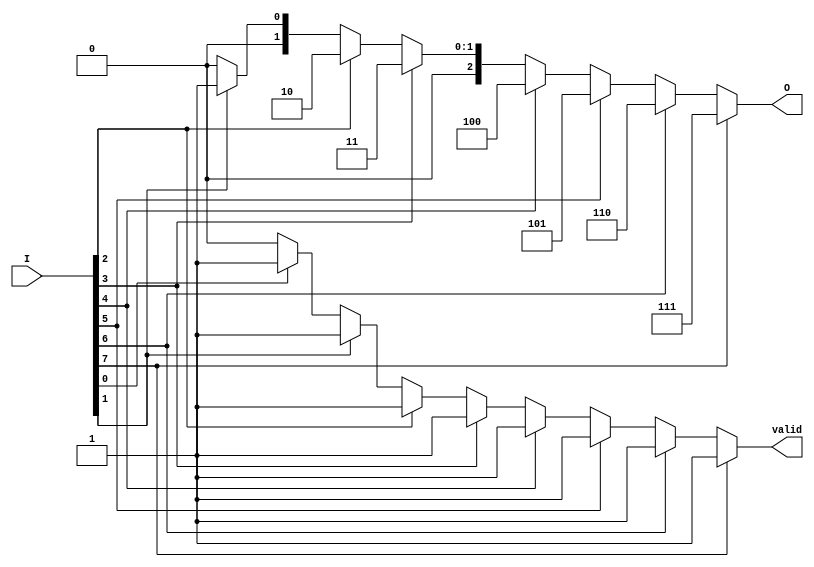
module encoder_8to3 (
    input wire [7:0] I,  // 8 input lines
    output reg [2:0] O,  // 3-bit output
    output reg valid      // Valid signal to indicate if any input is active
);

always @(*) begin
    // Default values for output and valid signal
    O = 3'b000;
    valid = 1'b0;

    // Check inputs from highest priority to lowest
    if (I[7]) begin
        O = 3'b111;  // I7 is active
        valid = 1'b1;
    end else if (I[6]) begin
        O = 3'b110;  // I6 is active
        valid = 1'b1;
    end else if (I[5]) begin
        O = 3'b101;  // I5 is active
        valid = 1'b1;
    end else if (I[4]) begin
        O = 3'b100;  // I4 is active
        valid = 1'b1;
    end else if (I[3]) begin
        O = 3'b011;  // I3 is active
        valid = 1'b1;
    end else if (I[2]) begin
        O = 3'b010;  // I2 is active
        valid = 1'b1;
    end else if (I[1]) begin
        O = 3'b001;  // I1 is active
        valid = 1'b1;
    end else if (I[0]) begin
        O = 3'b000;  // I0 is active
        valid = 1'b1;
    end
end

endmodule